Indian journal of veterinary science and animal husbandry - Volumes 15-17, 1948-1951
Year: 1948
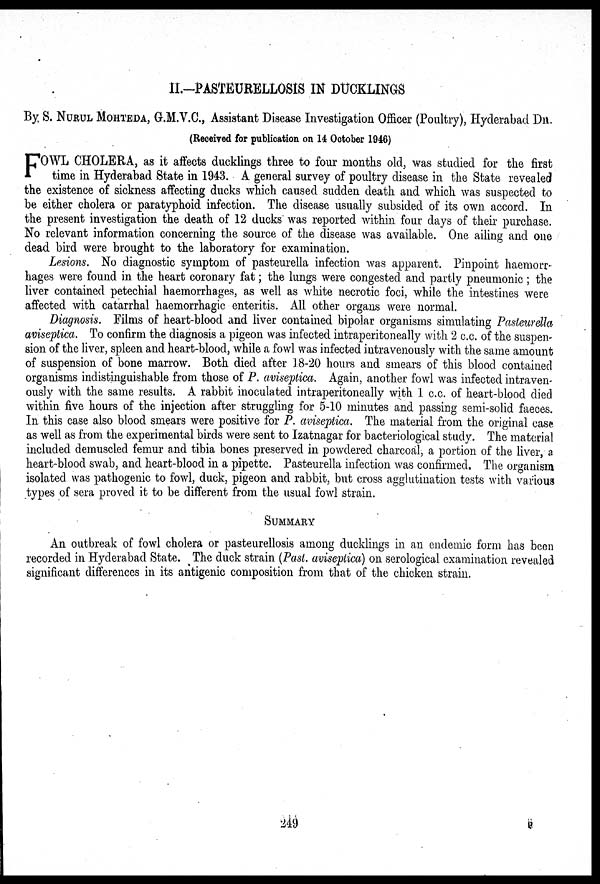
II.-PASTEURELLOSIS IN DUCKLINGS
By, S. NURUL MOHTEDA, G.M.V.C., Assistant Disease Investigation Officer (Poultry), Hyderabad Dn.
(Received for publication on 14 October 1946)
F OWL CHOLERA, as it affects ducklings three to four months old, was studied for the first
time in Hyderabad State in 1943. A general survey of poultry disease in the State revealed
the existence of sickness affecting ducks which caused sudden death and which was suspected to
be either cholera or paratyphoid infection. The disease usually subsided of its own accord. In
the present investigation the death of 12 ducks was reported within four days of their purchase.
No relevant information concerning the source of the disease was available. One ailing and one
dead bird were brought to the laboratory for examination.
Lesions. No diagnostic symptom of pasteurella infection was apparent. Pinpoint haemorr-
hages were found in the heart coronary fat; the lungs were congested and partly pneumonic ; the
liver contained petechial haemorrhages, as well as white necrotic foci, while the intestines were
affected with catarrhal haemorrhagic enteritis. All other organs were normal.
Diagnosis. Films of heart-blood and liver contained bipolar organisms simulating Pasteurella
aviseptica. To confirm the diagnosis a pigeon was infected intraperitoneally with 2 c.c. of the suspen-
sion of the liver, spleen and heart-blood, while a fowl was infected intravenously with the same amount
of suspension of bone marrow. Both died after 18-20 hours and smears of this blood contained
organisms indistinguishable from those of P. aviseptica. Again, another fowl was infected intraven-
ously with the same results. A rabbit inoculated intraperitoneally with 1 c.c. of heart-blood died
within five hours of the injection after struggling for 5-10 minutes and passing semi-solid faeces.
In this case also blood smears were positive for P. aviseptica. The material from the original case
as well as from the experimental birds were sent to Izatnagar for bacteriological study. The material
included demuscled femur and tibia bones preserved in powdered charcoal, a portion of the liver, a
heart-blood swab, and heart-blood in a pipette. Pasteurella infection was confirmed. The organism
isolated was pathogenic to fowl, duck, pigeon and rabbit, but cross agglutination tests with various
types of sera proved it to be different from the usual fowl strain.
SUMMARY
An outbreak of fowl cholera or pasteurellosis among ducklings in an endemic form has been
recorded in Hyderabad State. The duck strain (Past, aviseptica) on serological examination revealed
significant differences in its antigenic composition from that of the chicken strain.
249
B